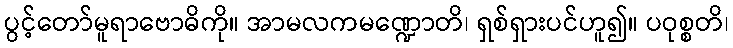
ပွင့်တော်မူရာဗောဓိကို။ အာမလကမဏ္ဍောတိ၊ ရှစ်ရှားပင်ဟူ၍။ ပဝုစ္စတိ၊